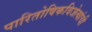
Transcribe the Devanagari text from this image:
पारितोषिकविजेत्यांची